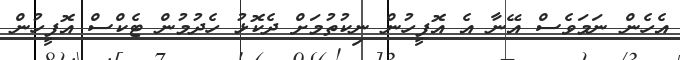
އެހެން ނަމަވެސް އޭނާ އެ އޮފީހުން ނިކުތުމަށް ދެކޮޅު ހެދުމުން ޓެކްސް އޮފީހުން